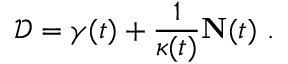
{ \mathcal { D } } = \gamma ( t ) + { \frac { 1 } { \kappa ( t ) } } { \mathbf { N } } ( t ) \ .